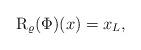
LaTeX: \begin{align*} \mathrm{R}_{\varrho}(\Phi)(x) = x_L ,\end{align*}